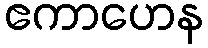
ဧကာဟေန